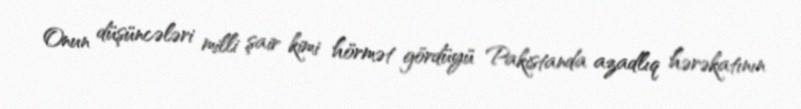
Onun düşüncələri milli şair kimi hörmət gördüyü Pakistanda azadlıq hərəkatının